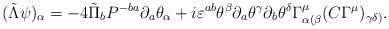
\begin{align*}(\tilde\Lambda\psi)_\alpha=-4\tilde\Pi_b P^{-ba}\partial_a\theta_\alpha+i\varepsilon^{ab}\theta^\beta\partial_a\theta^\gamma\partial_b\theta^\delta\Gamma^\mu_{\alpha(\beta}(C\Gamma^\mu)_{\gamma\delta)}.\end{align*}